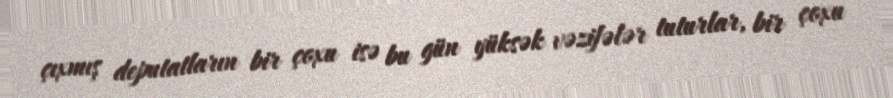
çıxmış deputatların bir çoxu isə bu gün yüksək vəzifələr tuturlar, bir çoxu